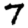
Digit: 7